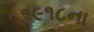
૧૯૧૮ના